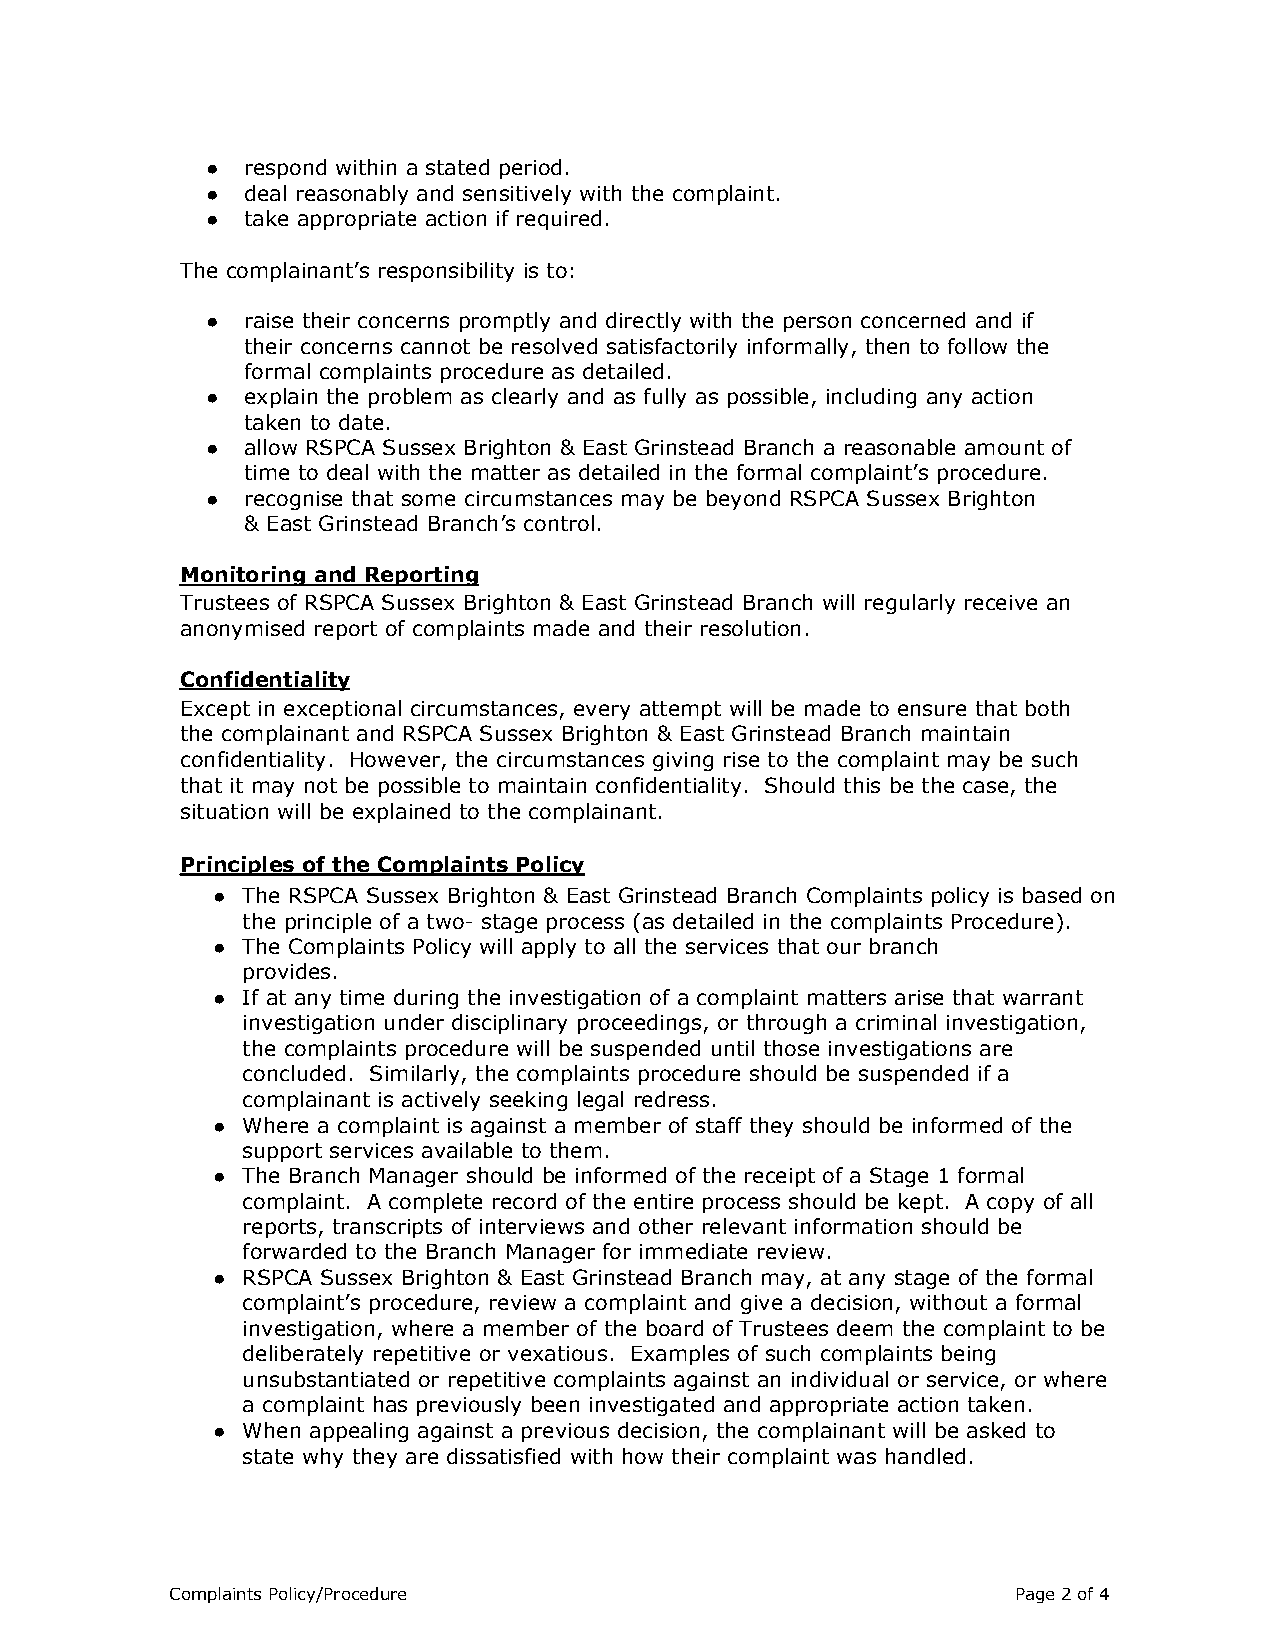
● respond within a stated period.
 ● deal reasonably and sensitively with the complaint.
 ● take appropriate action if required.
 The complainant’s responsibility is to:
 ● raise their concerns promptly and directly with the person concerned and if
 their concerns cannot be resolved satisfactorily informally, then to follow the
 formal complaints procedure as detailed.
 ● explain the problem as clearly and as fully as possible, including any action
 taken to date.
 ● allow RSPCA Sussex Brighton & East Grinstead Branch a reasonable amount of
 time to deal with the matter as detailed in the formal complaint’s procedure.
 ● recognise that some circumstances may be beyond RSPCA Sussex Brighton
 & East Grinstead Branch’s control.
 Monitoring and Reporting
 Trustees of RSPCA Sussex Brighton & East Grinstead Branch will regularly receive an
 anonymised report of complaints made and their resolution.
 Confidentiality
 Except in exceptional circumstances, every attempt will be made to ensure that both
 the complainant and RSPCA Sussex Brighton & East Grinstead Branch maintain
 confidentiality. However, the circumstances giving rise to the complaint may be such
 that it may not be possible to maintain confidentiality. Should this be the case, the
 situation will be explained to the complainant.
 Principles of the Complaints Policy
 ● The RSPCA Sussex Brighton & East Grinstead Branch Complaints policy is based on
 the principle of a two- stage process (as detailed in the complaints Procedure).
 ● The Complaints Policy will apply to all the services that our branch
 provides.
 ● If at any time during the investigation of a complaint matters arise that warrant
 investigation under disciplinary proceedings, or through a criminal investigation,
 the complaints procedure will be suspended until those investigations are
 concluded. Similarly, the complaints procedure should be suspended if a
 complainant is actively seeking legal redress.
 ● Where a complaint is against a member of staff they should be informed of the
 support services available to them.
 ● The Branch Manager should be informed of the receipt of a Stage 1 formal
 complaint. A complete record of the entire process should be kept. A copy of all
 reports, transcripts of interviews and other relevant information should be
 forwarded to the Branch Manager for immediate review.
 ● RSPCA Sussex Brighton & East Grinstead Branch may, at any stage of the formal
 complaint’s procedure, review a complaint and give a decision, without a formal
 investigation, where a member of the board of Trustees deem the complaint to be
 deliberately repetitive or vexatious. Examples of such complaints being
 unsubstantiated or repetitive complaints against an individual or service, or where
 a complaint has previously been investigated and appropriate action taken.
 ● When appealing against a previous decision, the complainant will be asked to
 state why they are dissatisfied with how their complaint was handled.
 Complaints Policy/Procedure                             Page2of4